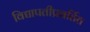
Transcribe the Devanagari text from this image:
विद्यापतीप्रवर्तित